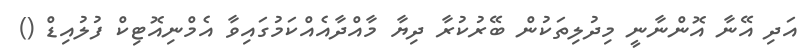
އަދި އޭނާ އޮންނާނީ މިދުލިތަކުން ބޭރުކުރާ ދިޔާ މާއްދާއެއްކަމުގައިވާ އެމްނިއޮޓިކް ފުލުއިޑް ()